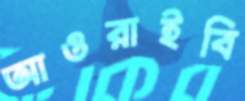
আওরাইবি